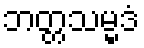
ဘတ္တသမ္မဒံ